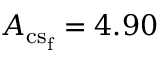
A _ { \mathrm { { c s _ { f } } } } = 4 . 9 0